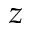
z